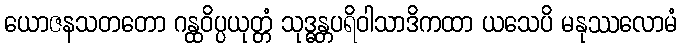
ယောဇနသတတော ဂန္ထဝိပ္ပယုတ္တံ သုဒ္ဓန္တပရိဝါသာဒိကထာ ယသေပိ မနုဿလောမံ